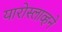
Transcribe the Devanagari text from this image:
यारोस्लाव्हने